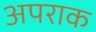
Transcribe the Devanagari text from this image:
अपराक